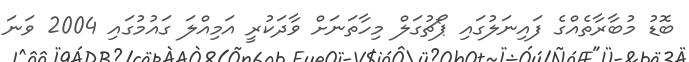
ބޮޑު މުބާރާތެއްގެ ފައިނަލުގައި ޕޯޗުގަލް މިހާތަނަށް ވާދަކުރީ އަމިއްލަ ގައުމުގައި 2004 ވަނަ